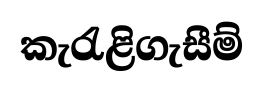
කැරැළිගැසීම්